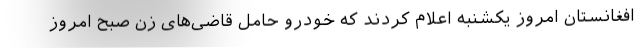
افغانستان امروز یکشنبه اعلام کردند که خودرو حامل قاضی‌های زن صبح امروز